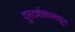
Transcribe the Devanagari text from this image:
दूरदर्शकामधून